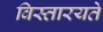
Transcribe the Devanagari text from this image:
विस्तारयते